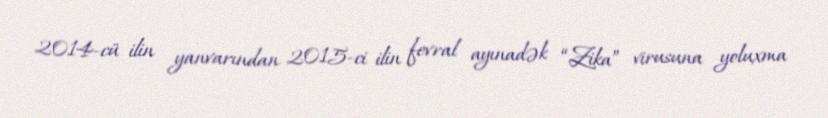
2014-cü ilin yanvarından 2015-ci ilin fevral ayınadək “Zika” virusuna yoluxma